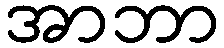
အာဘာ